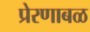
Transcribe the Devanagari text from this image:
प्रेरणाबळ